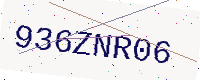
Text: 936ZNR06